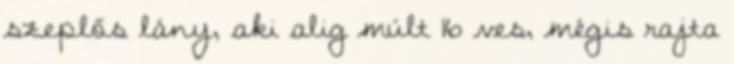
szeplős lány, aki alig múlt 16 ves, mégis rajta